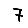
Digit: 7